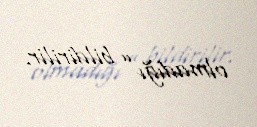
olmadığı” bildirilir.